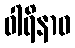
ဝါရိနာဝ